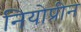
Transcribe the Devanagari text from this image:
नियोप्रीन